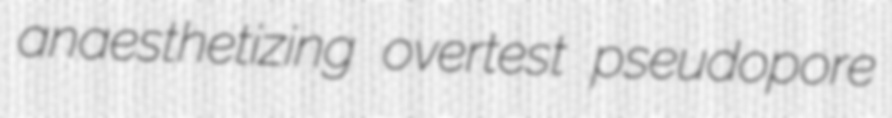
anaesthetizing overtest pseudopore